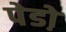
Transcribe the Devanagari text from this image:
पेडो़